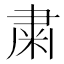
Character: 粛